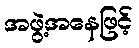
အဖွဲ့အနေဖြင့်